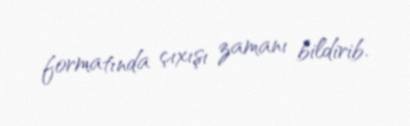
formatında çıxışı zamanı bildirib.